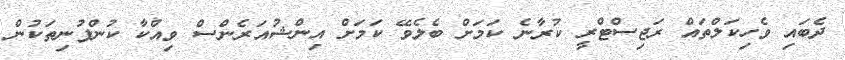
ދެބައި ވެހިކަލްތައް ރަޖިސްޓްރީ ކުރާނެ ކަމަށް ބެލެވޭ ކަމަށް އިންޝުއަރެންސް ވިއްކާ ކުންފުނިތަކުން